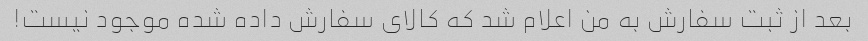
بعد از ثبت سفارش به من اعلام شد که کالای سفارش داده شده موجود نیست!